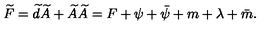
\widetilde { F } = \widetilde { d } \widetilde { A } + \widetilde { A } \widetilde { A } = F + \psi + \bar { \psi } + m + \lambda + \bar { m } .